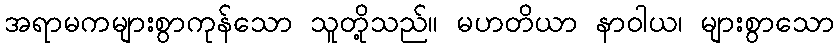
အရာမကများစွာကုန်သော သူတို့သည်။ မဟတိယာ နာဝါယ၊ များစွာသော